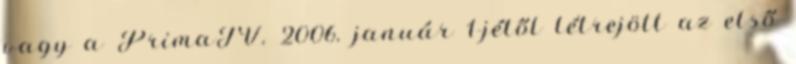
vagy a PrimaTV. 2006. január 1-jétől létrejött az első